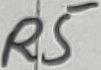
Text: R5